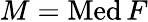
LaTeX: M=\mathop{\mathrm{Med}}F